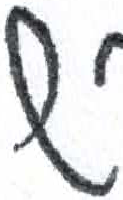
אות: ש